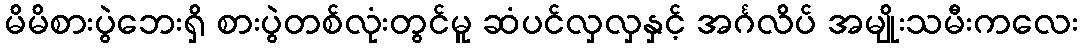
မိမိစားပွဲဘေးရှိ စားပွဲတစ်လုံးတွင်မူ ဆံပင်လှလှနှင့် အင်္ဂလိပ် အမျိုးသမီးကလေး